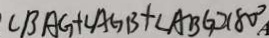
\angle B A G + \angle A G B + \angle A B G 2 1 8 0 ^ { \circ }